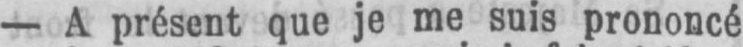
- A présent que je me suis prononcé